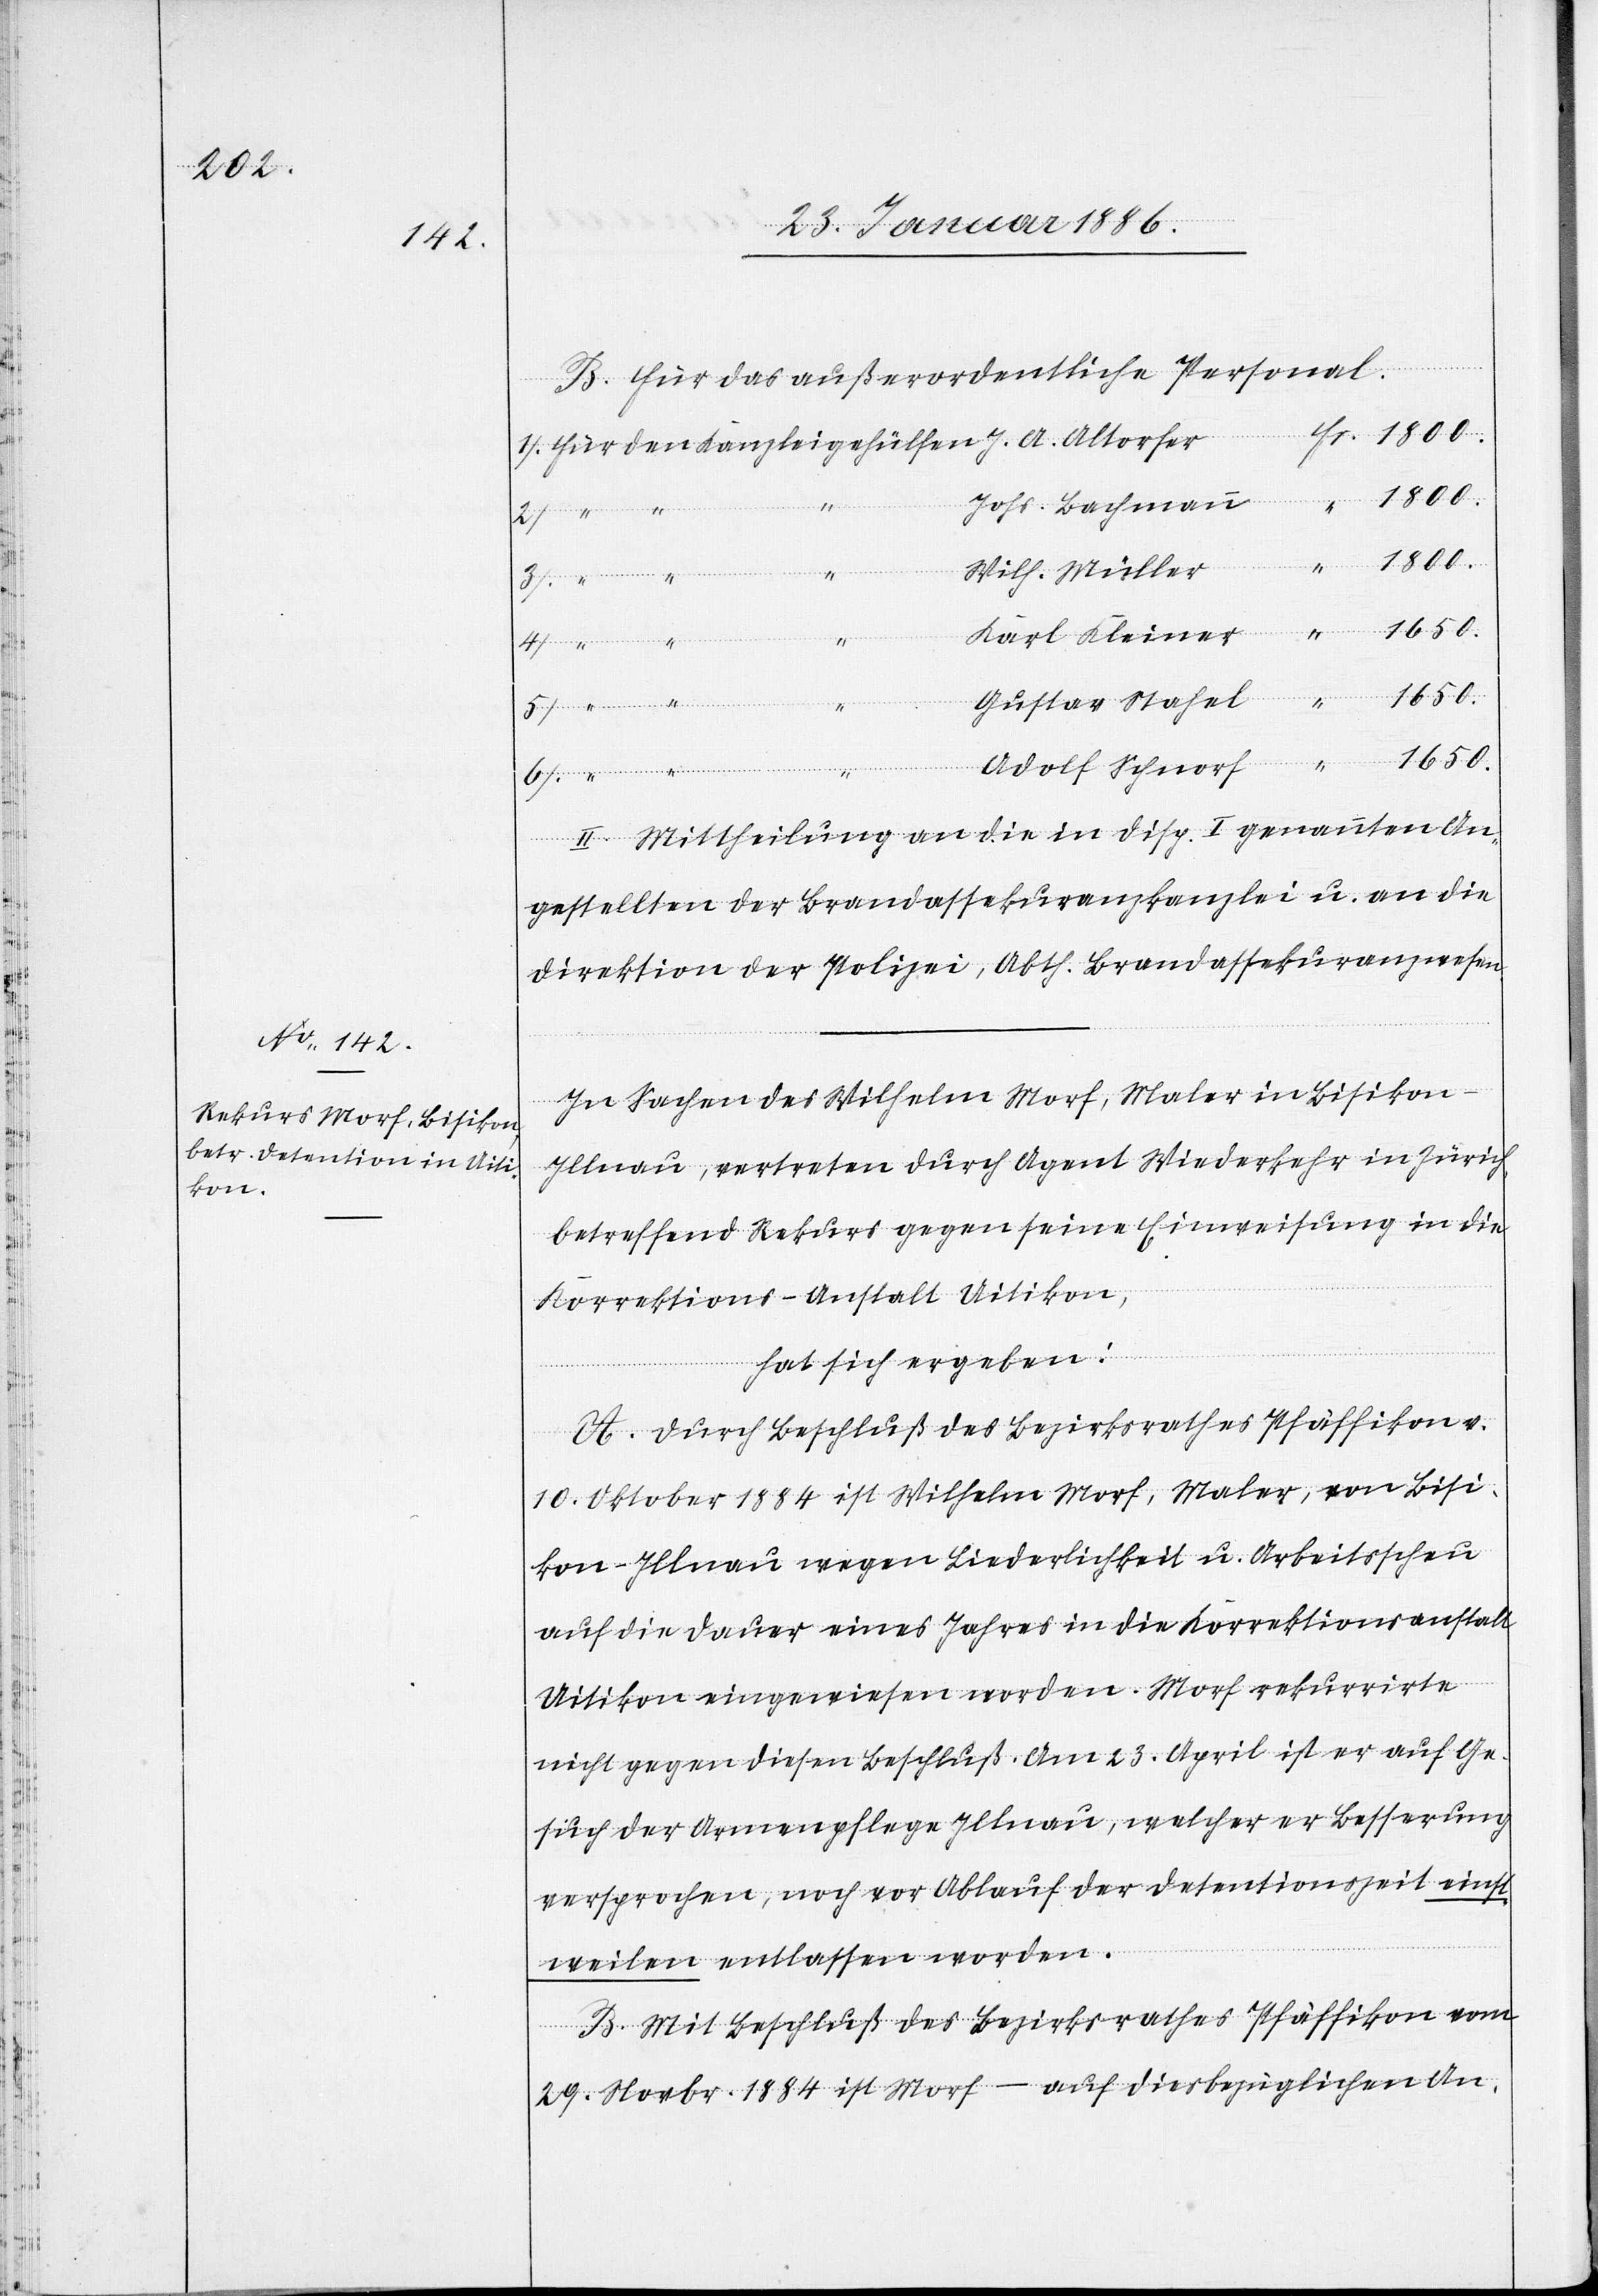
4).

B. Für das außerordentliche Personal:
“
1800.–
Johs. Bachmann
“
leigehülfen
1800.–
Wilh. Müller
Karl Kleiner
“
1650.–
Gustav Stahel
Kanz¬
Altorfer
1650.–
Adolf Schnorf
II. Mittheilung an die in Disp. I genannte An¬
gestellten der Brandassekuranzkanzlei u. an die
Direktion der Polizei, Abth. Brandassekuranzwesen.
In Sachen des Wilhelm Morf, Maler in Bisikon
Illnau, vertreten durch Agent Wiederkehr in Zürich,
betreffend Rekurs gegen seine Einweisung in die
Korrektions-Anstalt Uitikon,
hat sich ergeben:
A. Durch Beschluß des Bezirksrathes Pfäffikon v.
10. Oktober 1884 ist Wilhelm Morf, Maler, von Bisi¬
kon - Illnau wegen Liederlichkeit u. Arbeitsscheu
auf die Dauer eines Jahres in die Korrektionsanstalt
Uitikon eingewiesen worden, Morf rekurrirte
nicht gegen diesen Beschluß. Am 23. April ist er auf Ge¬
such der Armenpflege Illnau, welcher er Besserung
versprochen, noch vor Ablauf der Detentionszeit einst¬
weilen entlassen worden.
B. Mit Beschluß des Bezirksrathes Pfäffikon vom
29. Novbr. 1884 ist Morf, – auf diesbezüglichen An-